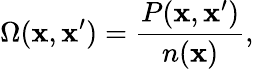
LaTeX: \Omega(\mathbf{x},\mathbf{x}^{\prime})=\frac{{P(\mathbf{x},\mathbf{x}^{\prime})}}{{n(\mathbf{x})}},